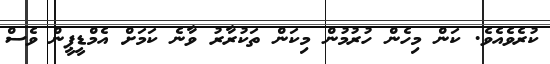
ކުރެވެއެވެ. ކަން މިހެން ހުުރުމުން މިކަން ތަކުރާރު ވާނެ ކަމަށް އެމްޑީޕީން ވެސް